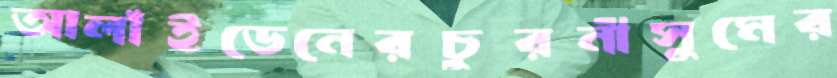
আলাঁইডেনেরচুরনীসুমের